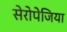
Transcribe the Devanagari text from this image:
सेरोपेजिया